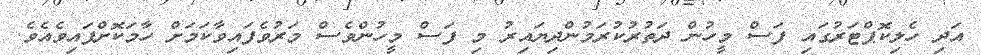
އަދި ހެލިކޮޕްޓަރުގައި ފަސް މީހުން ދަތުރުކުރަމުންދިޔައިރު މި ފަސް މީހުންވެސް މަރުވެފައިވާކަމަށް ހާމަކޮށްފައިވެއެވެ.